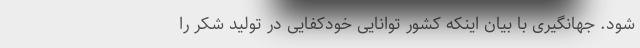
شود. جهانگیری با بیان اینکه کشور توانایی خودکفایی در تولید شکر را